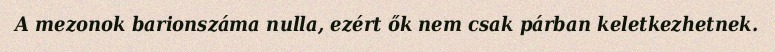
A mezonok barionszáma nulla, ezért ők nem csak párban keletkezhetnek.